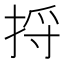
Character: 捋